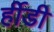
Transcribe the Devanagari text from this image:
र्हीडी